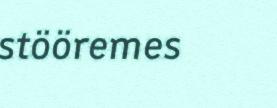
stööremes